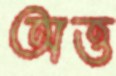
অত্ত